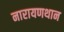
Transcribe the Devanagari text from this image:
नारायणथान